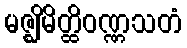
မဇ္ဈိမိတ္ထိဝဏ္ဏသတံ